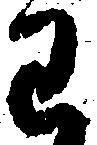
わ